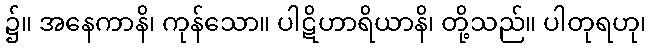
၌။ အနေကာနိ၊ ကုန်သော။ ပါဋိဟာရိယာနိ၊ တို့သည်။ ပါတုရဟု၊